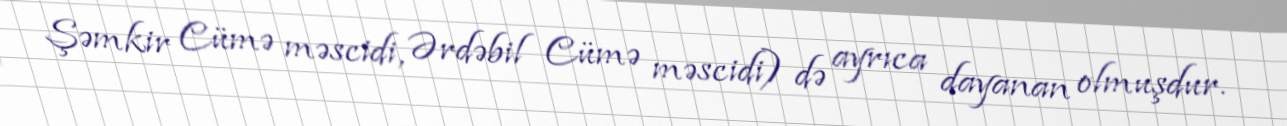
Şəmkir Cümə məscidi, Ərdəbil Cümə məscidi) də ayrıca dayanan olmuşdur.